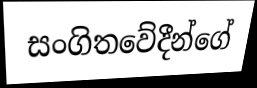
සංගිතවේදීන්ගේ